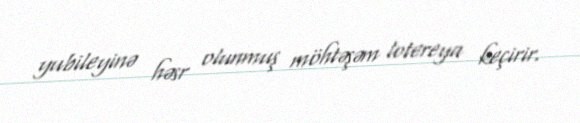
yubileyinə həsr olunmuş möhtəşəm lotereya keçirir.